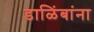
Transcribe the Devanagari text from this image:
डाळिंबांना